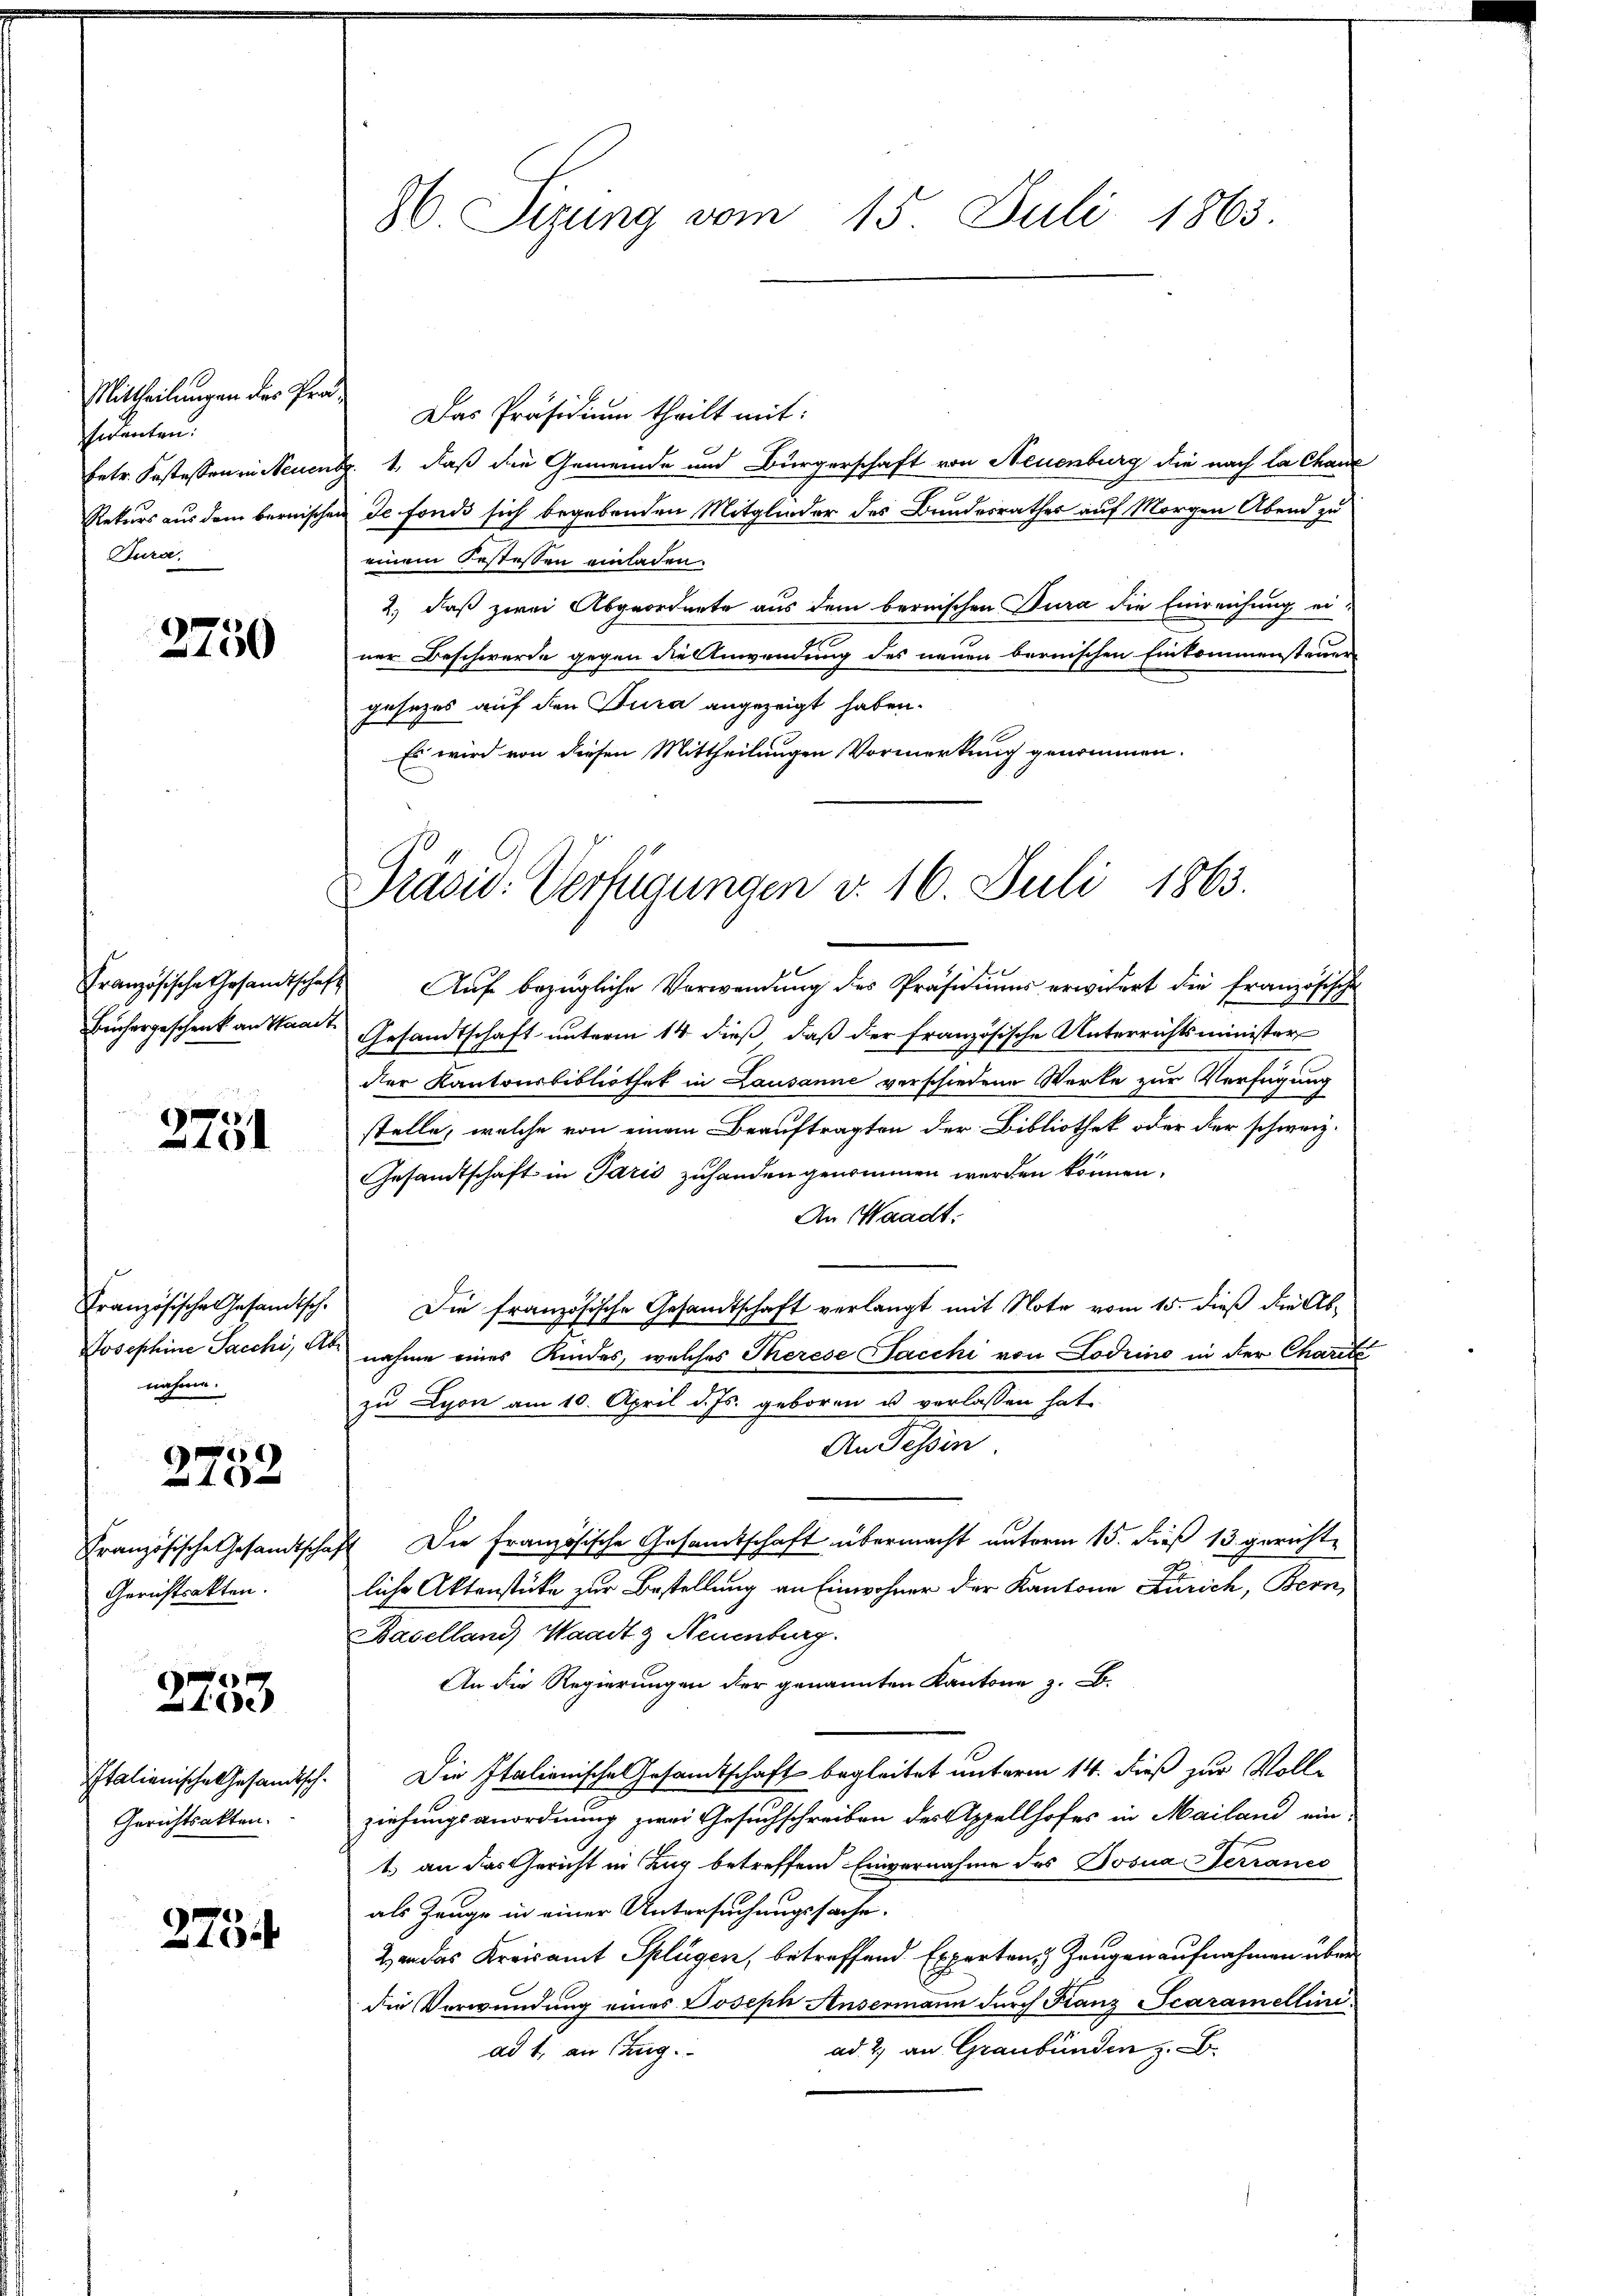
Mittheilungen des Prod.
sidenten:
Dura.

2750

2751

Josephine Sacchi, As
nahme.

2752

Gerichtsakten.

e
1de

Italienische Gesandtsch¬
Gerichtsakten.

275.

Das Präsidium theilt mit:
betr. Kostessen in Neuent. 1, daß die Gemeinde und Bürgerschaft von Neuenburg die nach la chanz
Rekurs aus dem bernischen de fonds sich begebenden Mitglieder des Bundesrathes auf Morgen Abend zu
einem Bestessen einladen.
2.) daß zwei Abgeordnete aus dem bernischen Dura die Einreichung einer Beschwerde gegen die Anwendung des neuen bernischen Einkommensteuer
gesezes auf den Jura angezeigt haben.
Es wird von diesen Mittheilungen Vormerkung genommen.

86. Sizung vom 15. Juli 1863.

Präsid. Verfügungen d. 16. Juli 1863.

Französische Gesandtschaft. Aŭf bezügliche Verwendŭng des Präsidiŭms erwidert die französische
Beichargeschenk an Staat. Gesandtschaft unterm 14. dieß, daß der Französische Unterrichtsminister
der Kantonsbibliothek in Lausanne verschiedene Werke zur Verfügung
stelle, welche von einem Beauftragten der Bibliothek oder der schweiz.
Gesandtschaft in Paris zuhanden genommen werden können,
An Waadt.
Französische Gesandisch. Die französische Gesandtschaft verlangt mit Note vom 15. dieß die Abnahme eines Kindes, welches Therese Sacchi von Lodrino in der Charte
zu Lyon am 10. April d. Js. geboren u verlassen hat.
An Tessin
Französische Gesandtschaft Die französische Gesandtschaft übermacht unterm 15. dieß 13 gerichtliche Aktenstücke zur Bestellung an Einwohner der Kantone Zürich, Bern,
Baselland Waadt & Neuenburg.
An die Regierungen der genannten Kantone z. B.
Die Italienische Gesamtschaft begleitet unterm 14. dieß zur Vollfel |
ziehungsanordnung zwei Gesuchschreiben des Appellhofes in Mailand ein-
1.) an das Gericht in Zug betreffend Einvernahme des Bosua Terranes
als Zeuge in einer Untersuchungssache.
2) an das Kreisamt Splügen, betreffend Expertons Zeugenaufnahmen über
die Verwundung eines Joseph Ansermann durch Franz Scaramelliniad 2. an Graubünden z. B.
ad 1. an Stag.